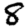
Digit: 8